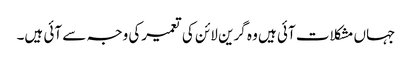
جہاں مشکلات آئی ہیں وہ گرین لائن کی تعمیرکی وجہ سے آئی ہیں۔